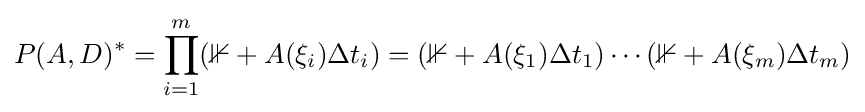
P(A,D)^{*}=\prod _{i=1}^{m}(\mathbb {1} +A(\xi _{i})\Delta t_{i})=(\mathbb {1} +A(\xi _{1})\Delta t_{1})\cdots (\mathbb {1} +A(\xi _{m})\Delta t_{m})